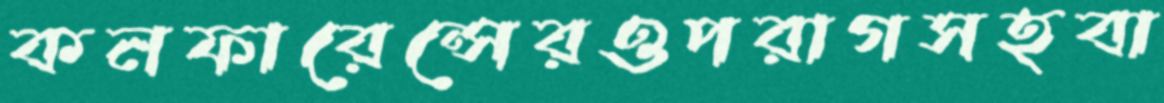
কনফারেন্সেরওপরাগসহবা